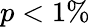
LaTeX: p<1\%